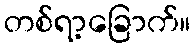
တစ်ရာ့ခြောက်။